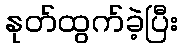
နုတ်ထွက်ခဲ့ပြီး